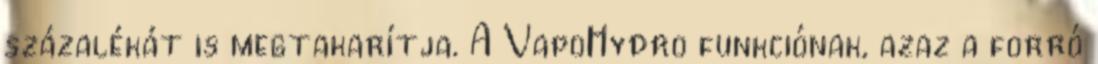
százalékát is megtakarítja. A VapoHydro funkciónak, azaz a forró